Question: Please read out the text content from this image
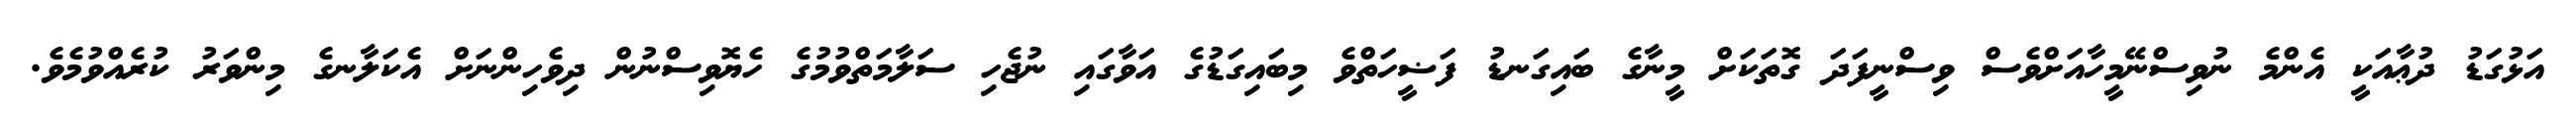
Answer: އަޅުގަޑު ދުޢާއަކީ އެންމެ ނުވިސްނޭމީހާއަށްވެސް ވިސްނީފަދަ ގޮތަކަށް މީނާގެ ބައިގަނޑު ފަޟީހަތްވެ މިބައިގަޑުގެ އަވާގައި ނުޖެހި ސަލާމަތްވުމުގެ ހެޔޮވިސްނުން ދިވެހިންނަށް އެކަލާނގެ މިންވަރު ކުރެއްވުމެވެ.